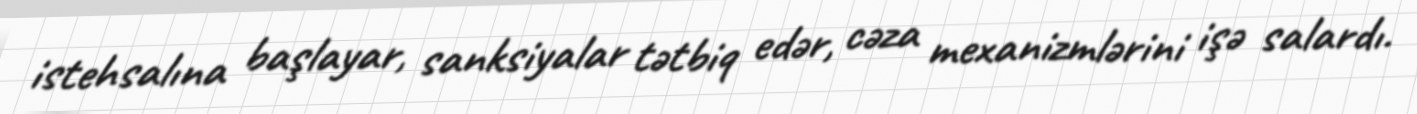
istehsalına başlayar, sanksiyalar tətbiq edər, cəza mexanizmlərini işə salardı.